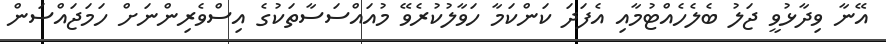
އޭނާ ވިދާޅުވީ ޖަލު ބެލެހެއްޓުމާއި އެފަދަ ކަންކަމާ ހަވާލުކުރެވޭ މުއައްސަސާތަކުގެ އިސްވެރިންނަށް ހަމަޖައްސަން